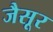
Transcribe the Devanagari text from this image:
जैसूर